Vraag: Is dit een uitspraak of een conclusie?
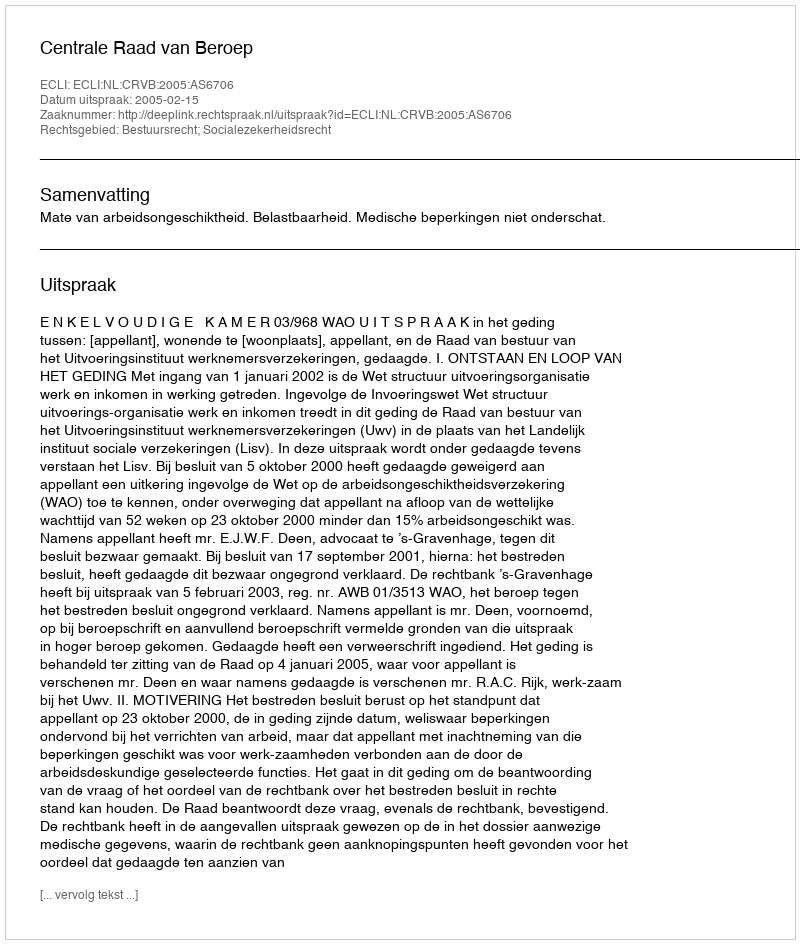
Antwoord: Uitspraak